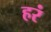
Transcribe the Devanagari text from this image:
हरं